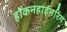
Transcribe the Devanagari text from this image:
हॉकनहाईनरिंग